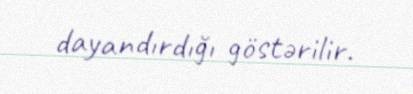
dayandırdığı göstərilir.